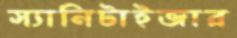
স্যানিটাইজার